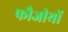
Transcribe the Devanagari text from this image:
फौजीयों